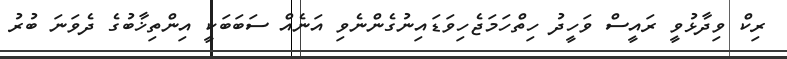
ރިކް ވިދާޅުވީ ރައީސް ވަހީދު ހިތްހަމަޖެހިވަޑައިނުގެންނެވި އަނެއް ސަބަބަކީ އިންތިޚާބުގެ ދެވަނަ ބުރު